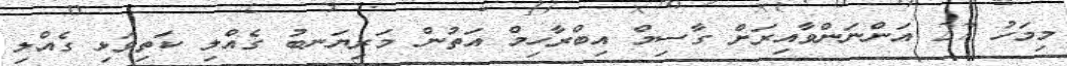
މިމަހު 27 އަންނަންވާއިރަށް ގާސިމް އިބްރާހިމް އަތުން މަރިޔަނބު ގެއްލި ކަތިވަޅި ގެއްލި